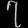
Digit: ၇